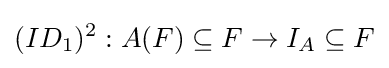
(ID_{1})^{2}:A(F)\subseteq F\rightarrow I_{A}\subseteq F